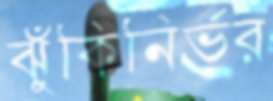
ঝুঁকিনির্ভর